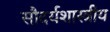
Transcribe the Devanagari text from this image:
सौदर्यशास्त्रीय